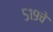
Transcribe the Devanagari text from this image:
५१९चे